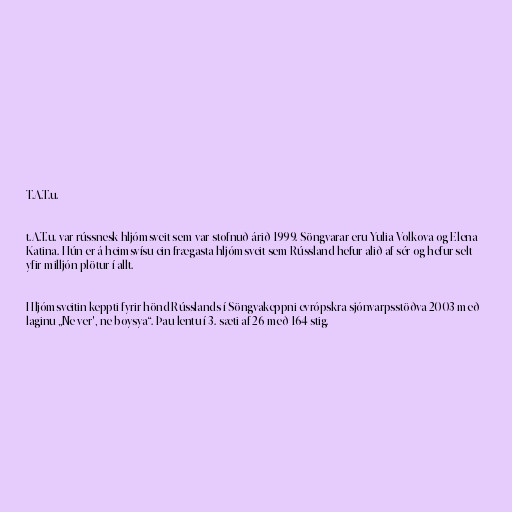
T.A.T.u.

t.A.T.u. var rússnesk hljómsveit sem var stofnuð árið 1999. Söngvarar eru Yulia Volkova og Elena
Katina. Hún er á heimsvísu ein frægasta hljómsveit sem Rússland hefur alið af sér og hefur selt
yfir milljón plötur í allt.

Hljómsveitin keppti fyrir hönd Rússlands í Söngvakeppni evrópskra sjónvarpsstöðva 2003 með
laginu „Ne ver', ne boysya“. Þau lentu í 3. sæti af 26 með 164 stig.